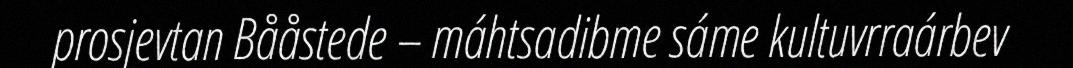
prosjevtan Bååstede – máhtsadibme sáme kultuvrraárbev